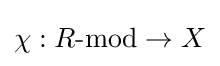
\chi :R{\text{-mod}}\to X